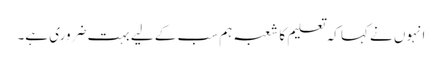
انہوں نے کہا کہ تعلیم کا شعبہ ہم سب کے لیے بہت ضروری ہے۔